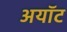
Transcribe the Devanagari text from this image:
अयॉट